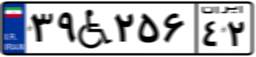
۳۹W۲۵۶۴۲